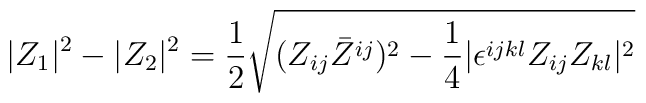
|Z_1|^2-|Z_2|^2={1\over 2}\sqrt{(Z_{ij}\bar{Z}^{ij})^2-{1\over 4}|\epsilon^{ijkl}Z_{ij}Z_{kl}|^2}